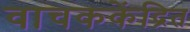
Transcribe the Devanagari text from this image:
वाचककेंद्रित